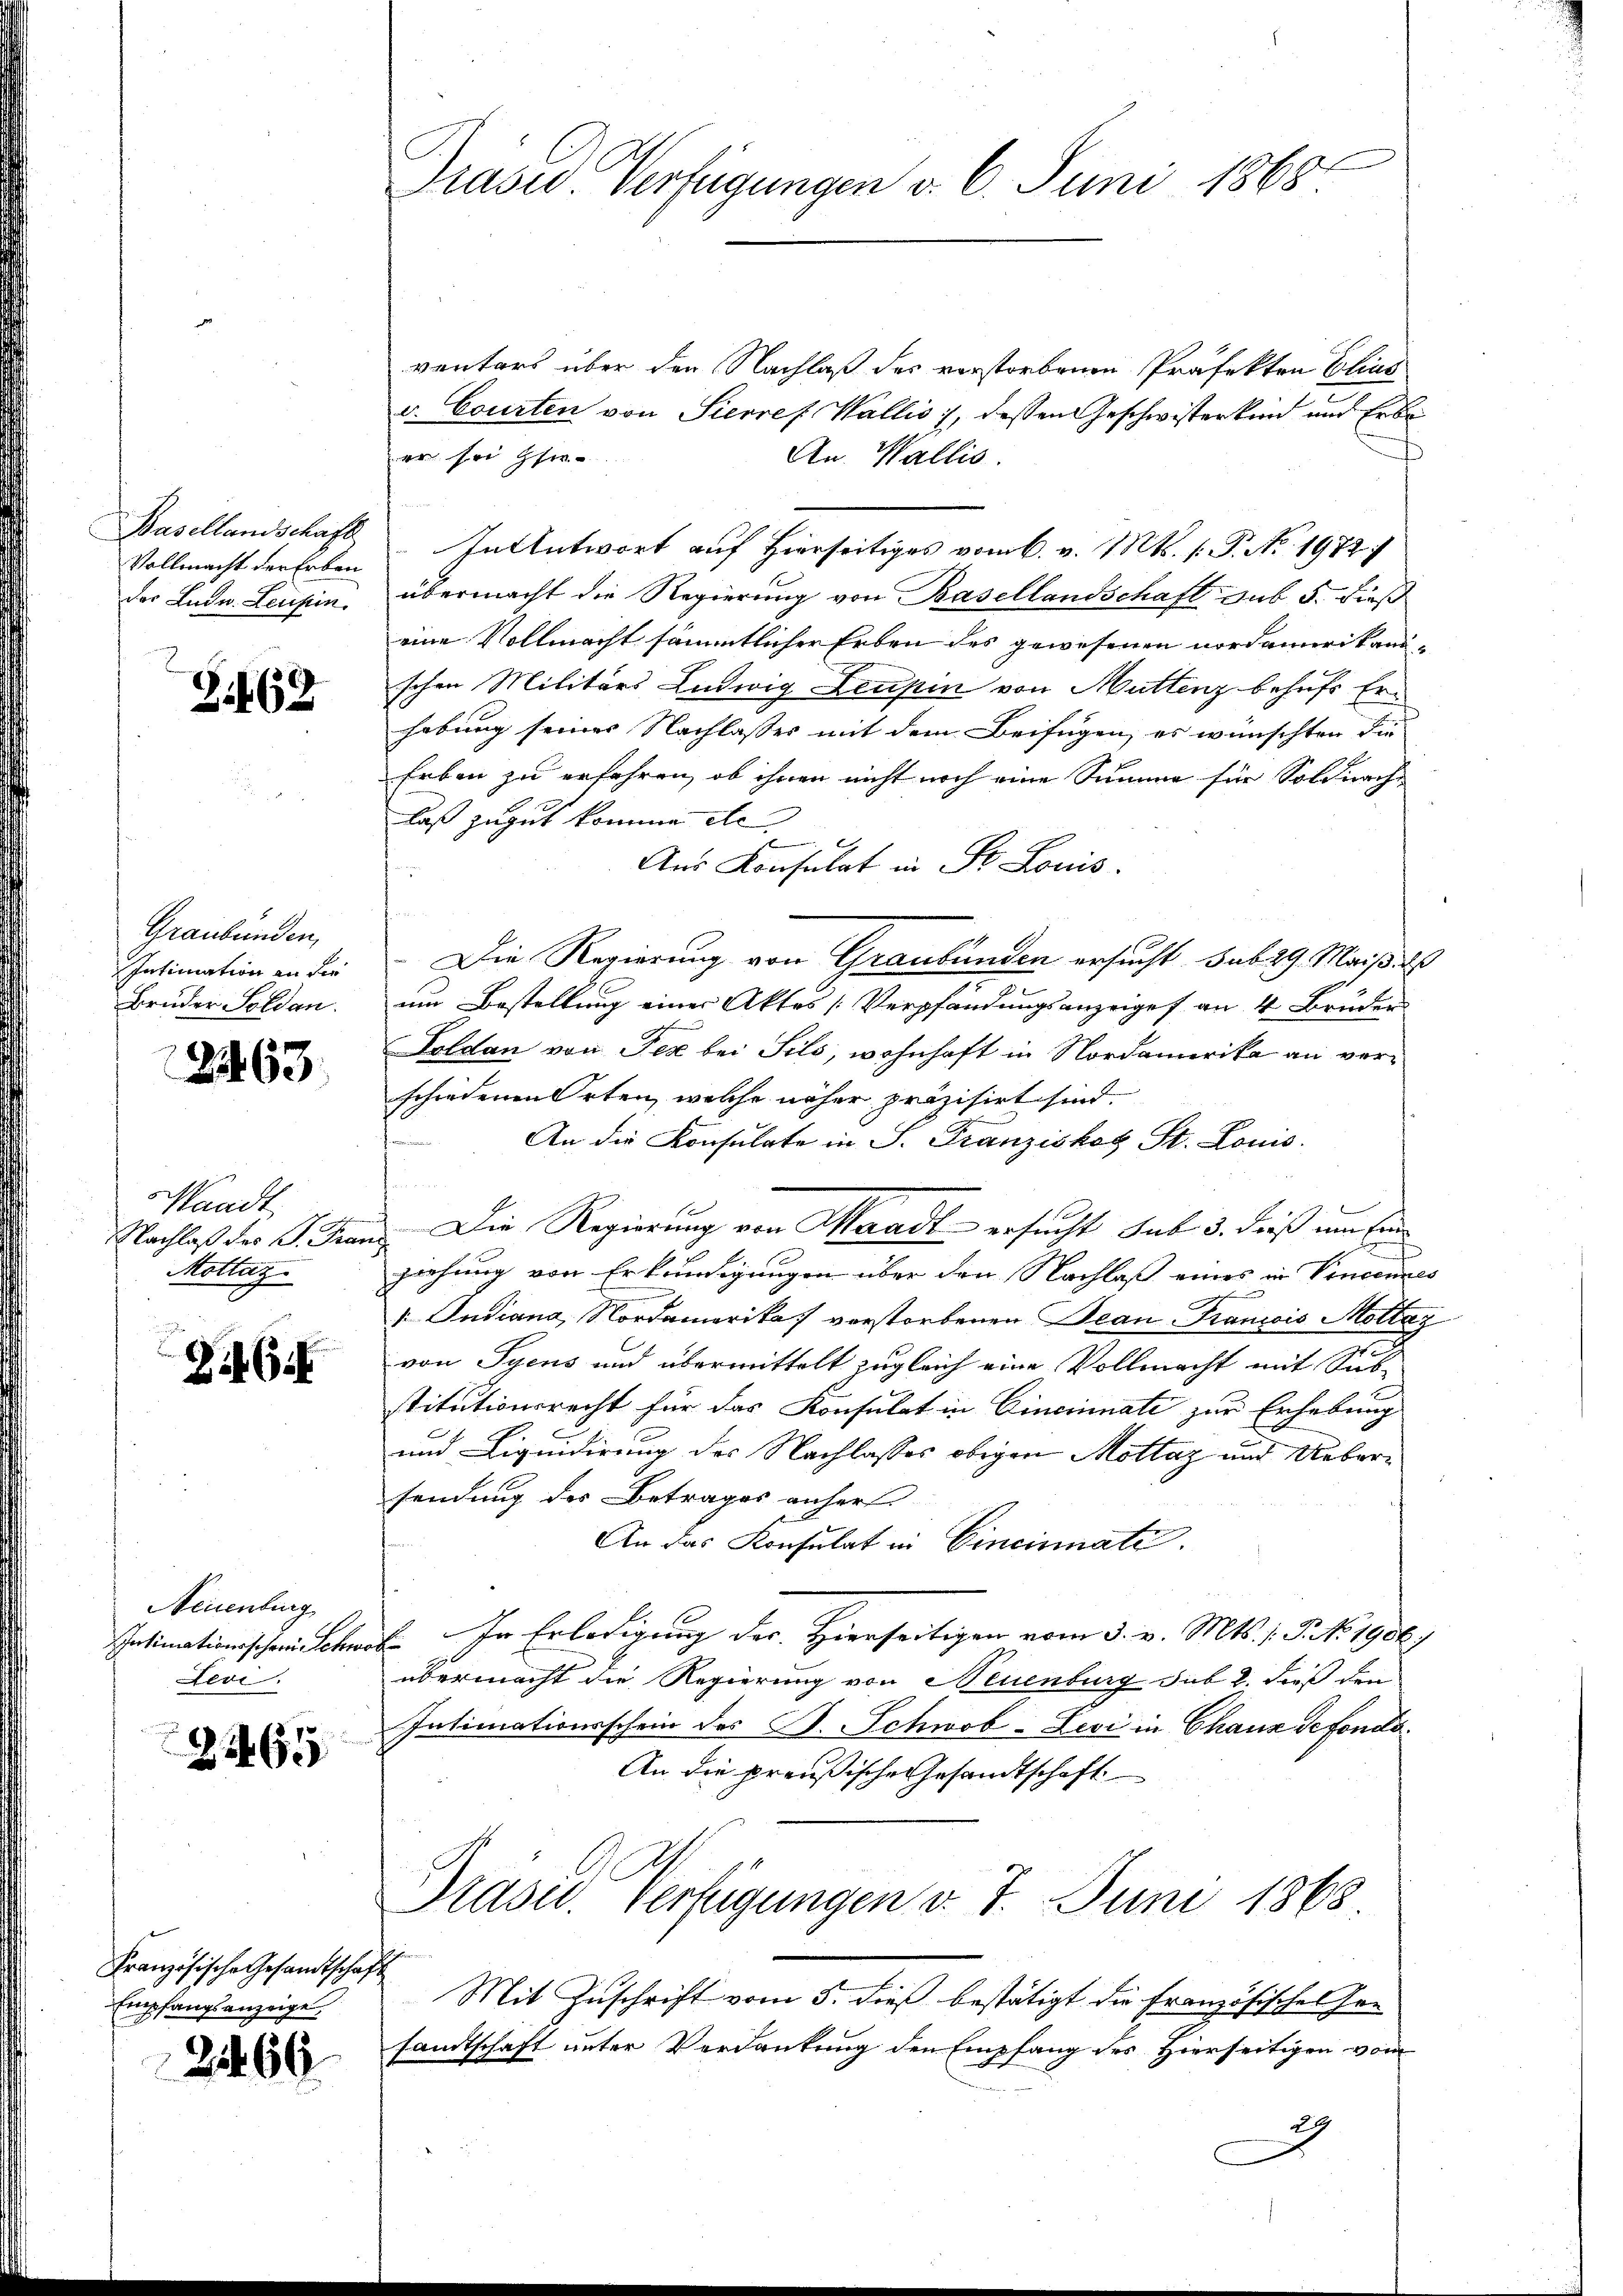
Basellandschaft
Vollmacht der Erben
der Ludn. Leuten.

Z.162

Graubünden,
Intimation an die
Bruder Soldan

2463.

Handt
Nachlaß des P. Fra
Mottaz

Zi G.

Neuenburg
Intimationsschein Schw
Levi

2265

Französische Gesandtschaft
Empfangsanzeige
22466

Prase Verfügungen d. 6. Juni 1868

ventars über den Nachlaß des verstorbenen Präfekten Elias
v. Courten von Sierref. Wallis, dessen Geschwisterkund und Erbe
er sei Her
An Wallis.
In Antwort auf Hierseitiges vom 6. v. Mts. f. P. No. 1972
übermacht die Regierung von Basellandschaft sub 5. dieß
eine Vollmacht sämmtlicher Erben des gewesenen Nordamerikanischen Militärs Ludwig Leupen von Muttenz behufs Erhebung seines Nachlasses mit dem Beifügen, es wünschten die
Erben zu erfahren, ob ihnen nicht noch eine Summe für solch nach
laß zugut komme etc
Aus Konsulat in St. Louis.
Die Regierung von Graubünden ersucht sub 29. Mais ils
um Bestellung einer Aktes [Verpfändungsanzeiges an 4 Bruden
Soldan von Fez bei Sils, wohnhaft in Nordamerika an verschiedenen Orten, welche näher präzisirt sind.
freien
An die Konsulate in S. Franziskob St. Louis.
e
Die Regierung von Waadt ersucht sub 3. dieß um Eine
ziehung von Erkundigungen über den Nachlaß eines in Vincennes
 Indiana, Nordamerika verstorbenen Beau-Francois Mottaz
von Syens und übermittelt zugleich eine Vollmacht mit Sub-
stitutionsrecht für das Konsulat in Cincinati zur Erhebung
und Liquidirung des Nachlasses obigen Mottaz und Uebersendung des Betrages anher
An das Konsulat in Cincinnate.
E. In Erledigung der Hierseitigen vom 5. v. Mts. f. P. Nr. 1906.
übermacht die Regierung von Neuenburg sub 2. dieß den
Intimationsschein des C. Schwob-Zevi in Chaux sefonds¬
An die preußische Gesandtschaft
Präsid. Verfügungen v. 7. Juni 1868
Mit Zuschrift vom 5. dieß bestätigt die Französisches Gesandtschaft unter Verdankung den Empfang des Hierseitigen vom
2